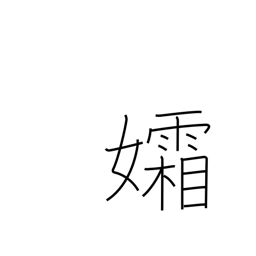
Meaning: widow